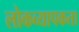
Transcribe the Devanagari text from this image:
लोकव्यापकता